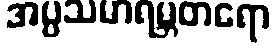
အပ္ပသမာရမ္ဘတရော